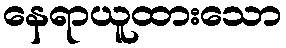
နေရာယူထားသော